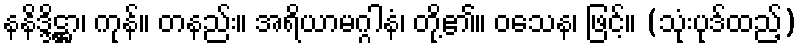
နနိဒ္ဒိဋ္ဌာ၊ ကုန်။ တနည်း။ အရိယာမဂ္ဂါနံ၊ တို့၏။ ဝသေန၊ ဖြင့်။ (သုံးပုဒ်ထည့်)